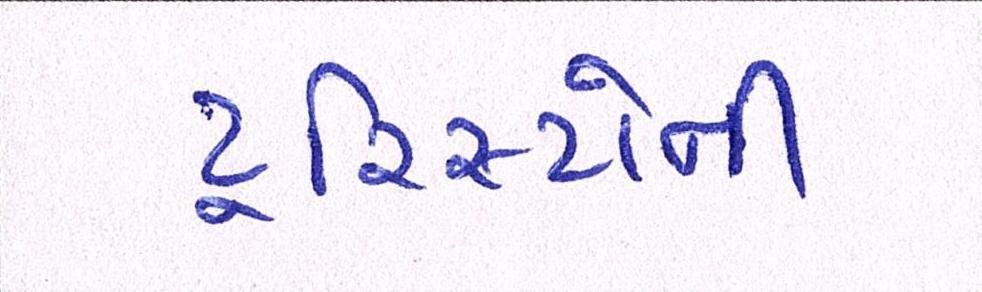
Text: ટૂરિસ્ટોની